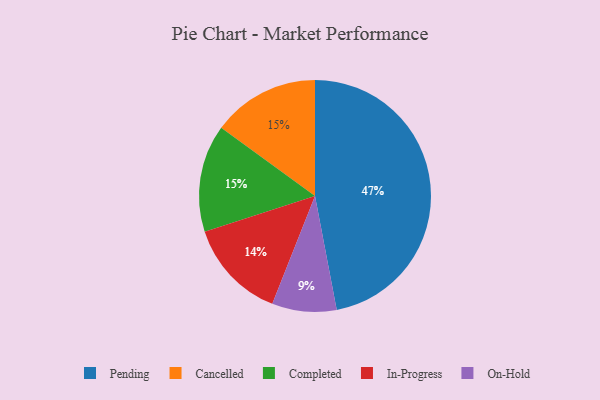
{"axis": {"x": "Category", "y": "Percentage"}, "legend": ["Cancelled", "Completed", "In-Progress", "On-Hold", "Pending"], "data": [{"x": "Cancelled", "y": 15, "type": "Cancelled"}, {"x": "Pending", "y": 47, "type": "Pending"}, {"x": "In-Progress", "y": 14, "type": "In-Progress"}, {"x": "On-Hold", "y": 9, "type": "On-Hold"}, {"x": "Completed", "y": 15, "type": "Completed"}]}